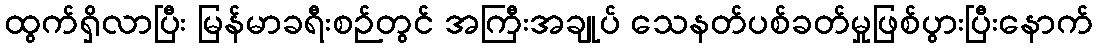
ထွက်ရှိလာပြီး မြန်မာခရီးစဉ်တွင် အကြီးအချုပ် သေနတ်ပစ်ခတ်မှုဖြစ်ပွားပြီးနောက်